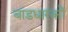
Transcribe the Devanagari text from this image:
बांडधारकों